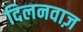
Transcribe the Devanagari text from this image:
दिलनवाज़